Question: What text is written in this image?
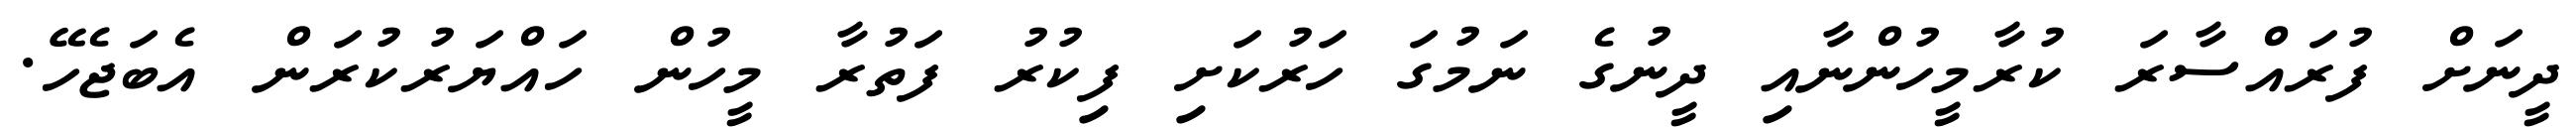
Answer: ދީނަށް ފުރައްސާރަ ކުރާމީހުންނާއި ދީނުގެ ނަމުގަ ހަރުކަށި ފިކުރު ފަތުރާ މީހުން ހައްޔަރުކުރަން އެބަޖެހޭ.